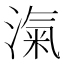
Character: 滊